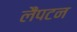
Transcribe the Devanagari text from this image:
लैंपटन